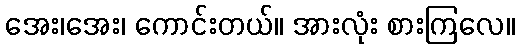
အေး၊အေး၊ ကောင်းတယ်။ အားလုံး စားကြလေ။